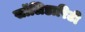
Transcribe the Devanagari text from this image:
सॉलिडारिटी